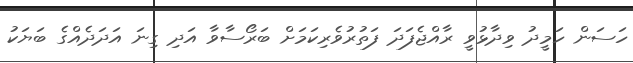
ހަސަން ހަމީދު ވިދާޅުވީ ރާއްޖެފަދަ ފަތުރުވެރިކަމަށް ބަރޯސާވާ އަދި ގިނަ އަދަދެއްގެ ބަޔަކު